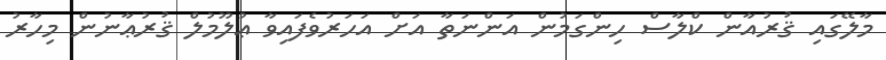
މާލޭގައި ޤުރުއާން ކްލާސް ހިންގަމުން އަންނަތާ އަށް އަހަރުވެފައިވާ ޢުލޫމުލް ޤުރުޢާނުން މިހާރު